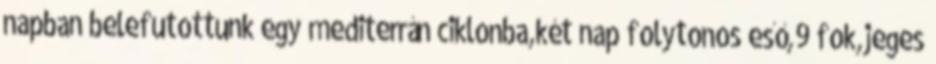
napban belefutottunk egy mediterrán ciklonba,két nap folytonos eső,9 fok,jeges